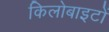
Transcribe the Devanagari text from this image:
किलोबाइटों